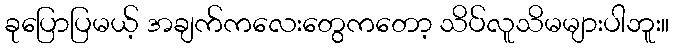
ခုပြောပြမယ့် အချက်ကလေးတွေကတော့ သိပ်လူသိမများပါဘူး။